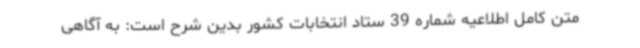
متن کامل اطلاعیه شماره 39 ستاد انتخابات کشور بدین شرح است: به آگاهی